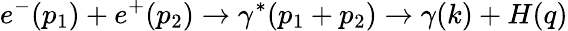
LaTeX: e^{-}(p_{1})+e^{+}(p_{2})\rightarrow\gamma^{*}(p_{1}+p_{2})\rightarrow\gamma(k)+H(q)